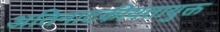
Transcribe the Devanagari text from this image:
अतिनाटकीयतायुक्त